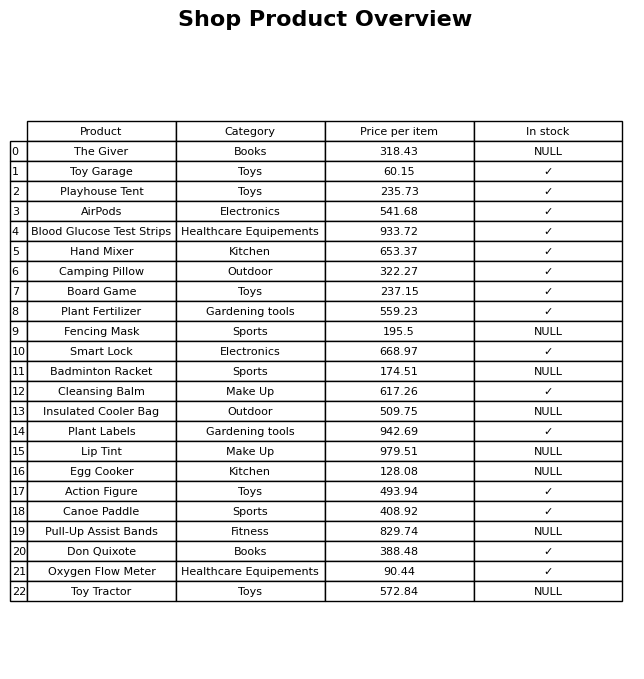
question: What is the price of the Egg Cooker?
answer: The price of Egg Cooker is 128.08.